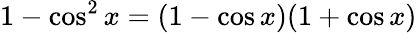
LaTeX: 1-\cos^{2}x=(1-\cos x)(1+\cos x)